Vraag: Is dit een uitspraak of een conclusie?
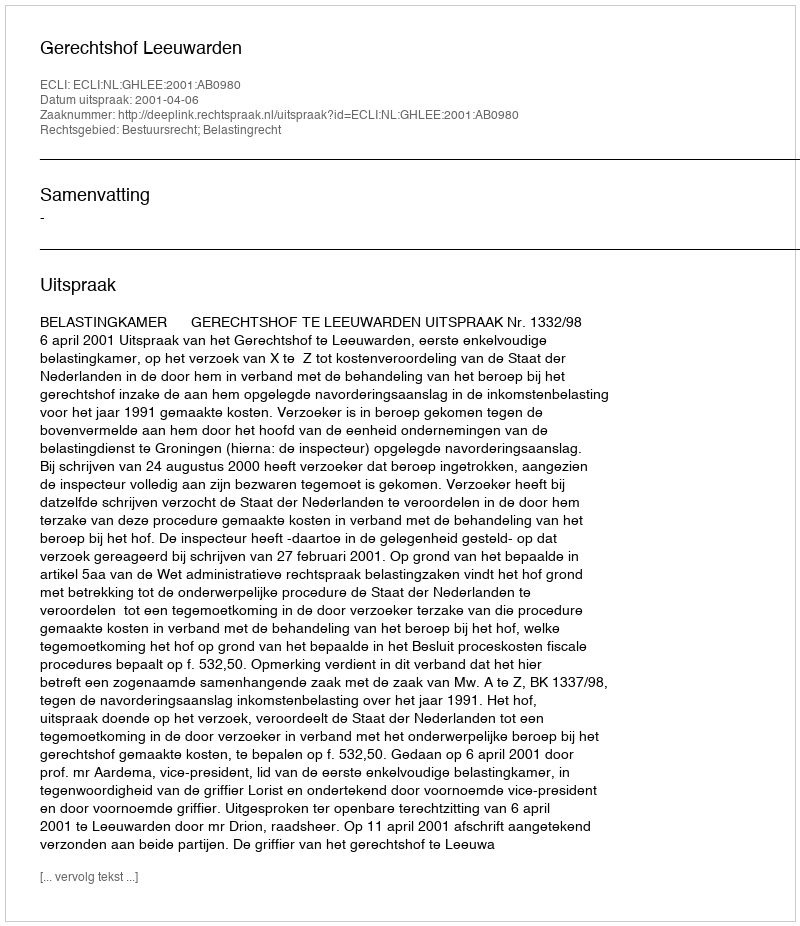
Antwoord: Uitspraak